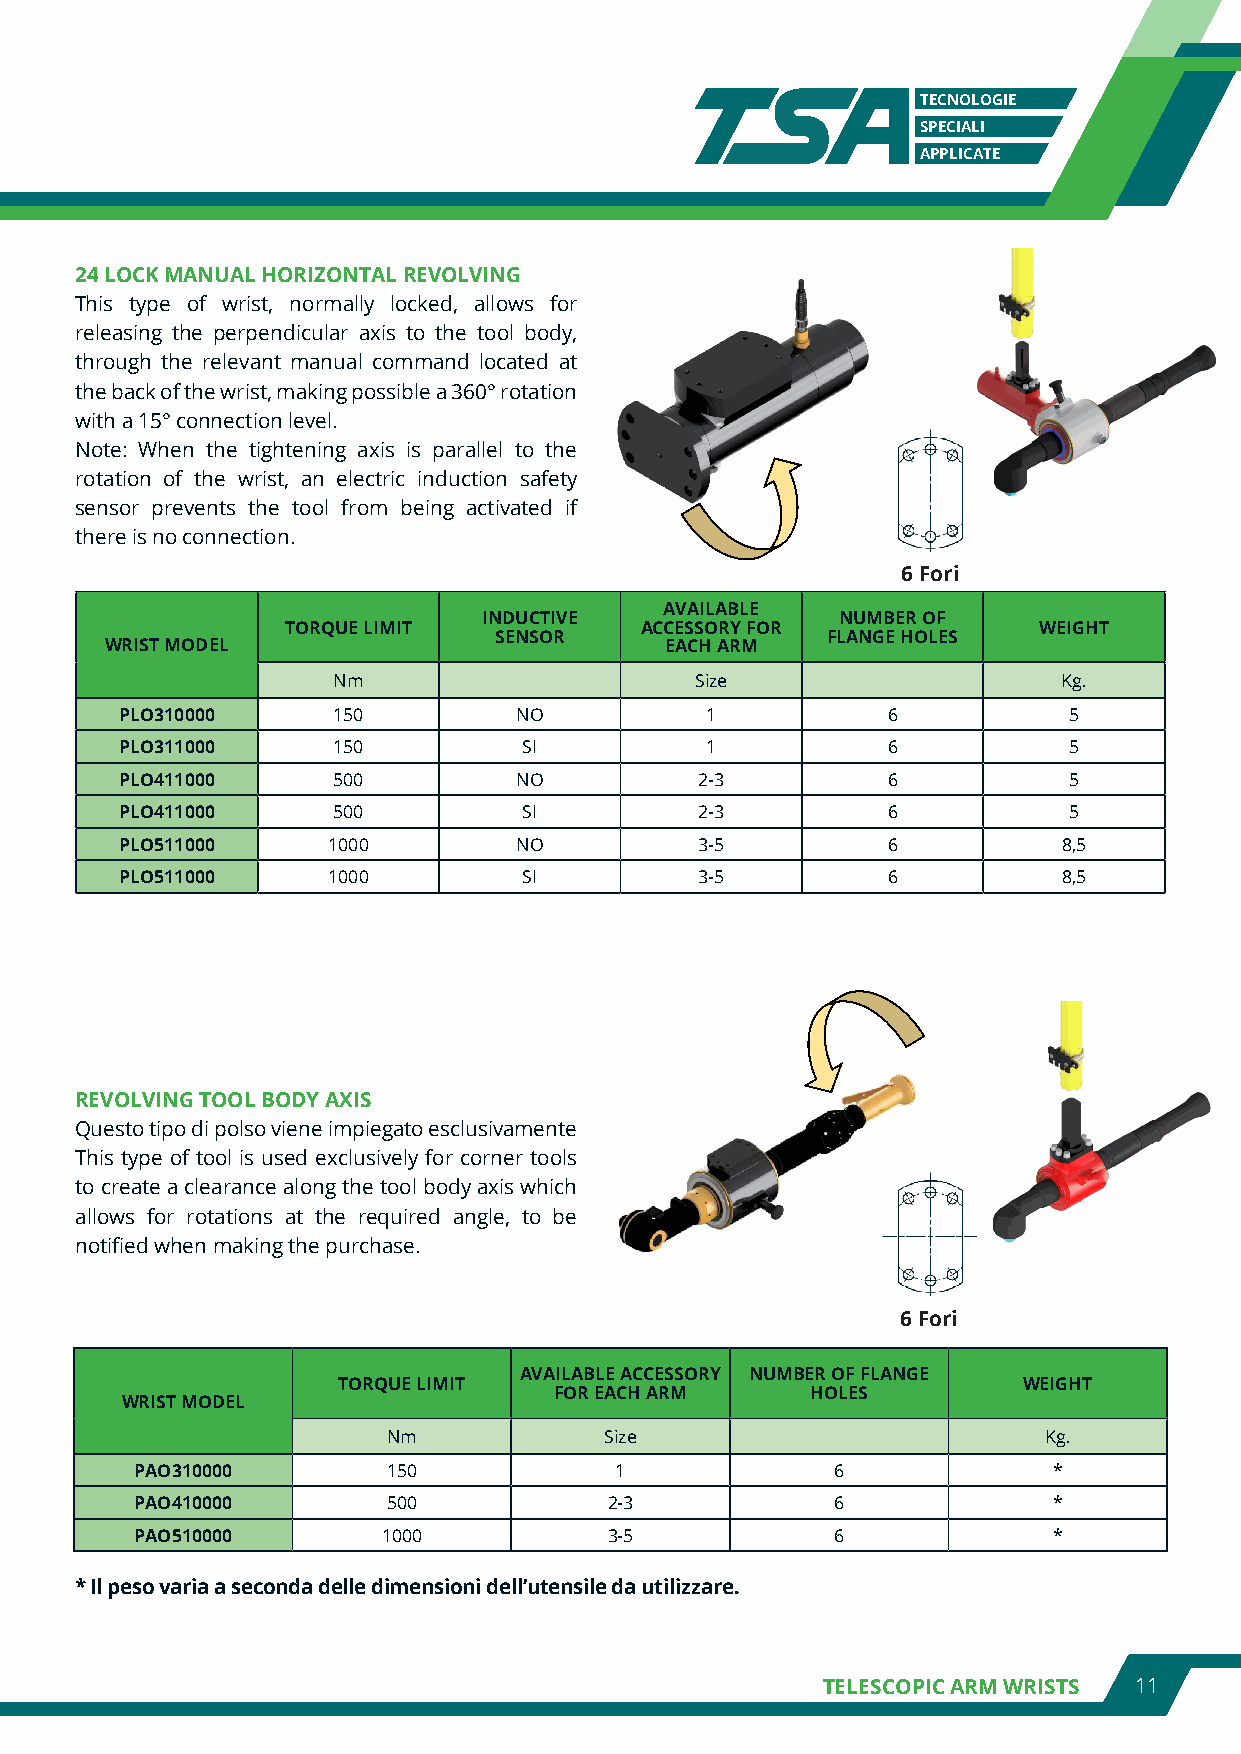
TECNOLOGIE
 SPECIALI
 APPLICATE
 24 LOCK MANUAL HORIZONTAL REVOLVING
 This type of wrist, normally locked, allows for
 releasing the perpendicular axis to the tool body,
 through the relevant manual command located at
 the back of the wrist, making possible a 360° rotation
 with a 15° connection level.
 Note: When the tightening axis is parallel to the
 rotation of the wrist, an electric induction safety
 sensor prevents the tool from being activated if
 there is no connection.
 6 Fori
 AVAILABLE
 INDUCTIVE               NUMBER OF
 TORQUE LIMIT           ACCESSORY FOR              WEIGHT
 SENSOR                FLANGE HOLES
 WRIST MODEL                          EACH ARM
 Nm                      Size                    Kg.
 PLO310000     150         NO           1           6           5
 PLO311000     150          SI          1           6           5
 PLO411000     500         NO          2-3          6           5
 PLO411000     500          SI         2-3          6           5
 PLO511000     1000        NO          3-5          6          8,5
 PLO511000     1000         SI         3-5          6          8,5
 REVOLVING TOOL BODY AXIS
 Questo tipo di polso viene impiegato esclusivamente
 This type of tool is used exclusively for corner tools
 to create a clearance along the tool body axis which
 allows for rotations at the required angle, to be
 notified when making the purchase.
 6 Fori
 AVAILABLE ACCESSORY NUMBER OF FLANGE
 TORQUE LIMIT                                  WEIGHT
 FOR EACH ARM     HOLES
 WRIST MODEL
 Nm            Size                         Kg.
 PAO310000        150            1             6              *
 PAO410000        500           2-3            6              *
 PAO510000       1000           3-5            6              *
 * Il peso varia a seconda delle dimensioni dell’utensile da utilizzare.
 TELESCOPIC ARM WRISTS 11